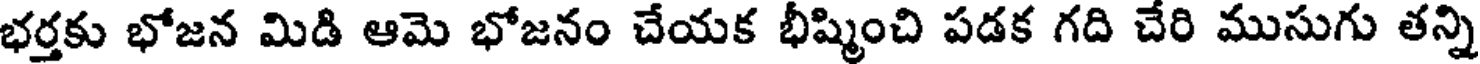
భర్తకు భోజన మిడి ఆమె భోజనం చేయక భీష్మించి పడక గది చేరి ముసుగు తన్ని